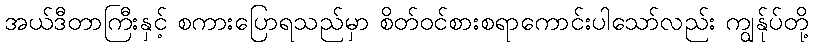
အယ်ဒီတာကြီးနှင့် စကားပြောရသည်မှာ စိတ်ဝင်စားစရာကောင်းပါသော်လည်း ကျွန်ုပ်တို့